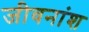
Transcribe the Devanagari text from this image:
जीवनांश